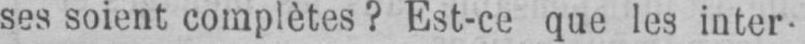
ses soient complètes? Est-ce que les inter-